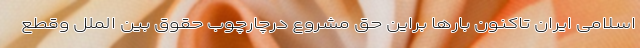
اسلامی ایران تاکنون بارها براین حق مشروع درچارچوب حقوق بین الملل وقطع